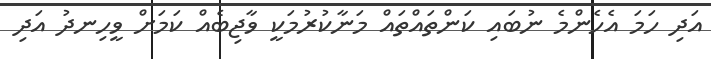
އަދި ހަމަ އެހެންމެ ނުބައި ކަންތައްތައް މަނާކުރުމަކީ ވާޖިބެއް ކަމަށް ވީހިނދު އަދި